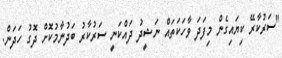
"ސަރުކާރޭ ކިޔައިގެން މިފަދަ ވާހަކަތައް ނަޝީދު ދައްކަނީ ސަރުކާރު ބަދުނާމުކޮށް ދޮގު ހަދަން.